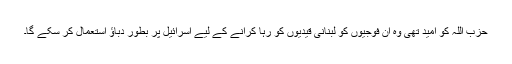
حزب اللہ کو امید تھی وہ ان فوجیوں کو لبنانی قیدیوں کو رہا کرانے کے لیے اسرائیل پر بطور دباؤ استعمال کر سکے گا۔